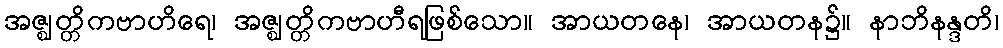
အဇ္ဈတ္တိကဗာဟိရေ၊ အဇ္ဈတ္တိကဗာဟီရဖြစ်သော။ အာယတနေ၊ အာယတန၌။ နာဘိနန္ဒတိ၊